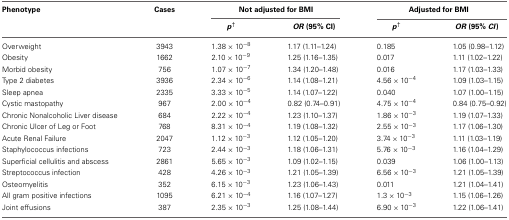
<table><thead><tr><td><b>Phenotype</b></td><td><b>Cases</b></td><td colspan="2"><b>Not adjusted for BMI</b></td><td colspan="2"><b>Adjusted for BMI</b></td></tr><tr><td></td><td></td><td><b><i>p</i><sup>†</sup></b></td><td><b><i>OR</i> (95% CI)</b></td><td><b><i>p</i><sup>†</sup></b></td><td><b><i>OR</i> (95% <i>CI</i>)</b></td></tr></thead><tbody><tr><td>Overweight</td><td>3943</td><td>1.38 × 10<sup>−8</sup></td><td>1.17 (1.11–1.24)</td><td>0.185</td><td>1.05 (0.98–1.12)</td></tr><tr><td>Obesity</td><td>1662</td><td>2.10 × 10<sup>−9</sup></td><td>1.25 (1.16–1.35)</td><td>0.017</td><td>1.11 (1.02–1.22)</td></tr><tr><td>Morbid obesity</td><td>756</td><td>1.07 × 10<sup>−7</sup></td><td>1.34 (1.20–1.48)</td><td>0.016</td><td>1.17 (1.03–1.33)</td></tr><tr><td>Type 2 diabetes</td><td>3936</td><td>2.34 × 10<sup>−6</sup></td><td>1.14 (1.08–1.21)</td><td>4.56 × 10<sup>−4</sup></td><td>1.09 (1.03–1.15)</td></tr><tr><td>Sleep apnea</td><td>2335</td><td>3.33 × 10<sup>−5</sup></td><td>1.14 (1.07–1.22)</td><td>0.040</td><td>1.07 (1.00–1.15)</td></tr><tr><td>Cystic mastopathy</td><td>967</td><td>2.00 × 10<sup>−4</sup></td><td>0.82 (0.74–0.91)</td><td>4.75 × 10<sup>−4</sup></td><td>0.84 (0.75–0.92)</td></tr><tr><td>Chronic Nonalcoholic Liver disease</td><td>684</td><td>2.22 × 10<sup>−4</sup></td><td>1.23 (1.10–1.37)</td><td>1.86 × 10<sup>−3</sup></td><td>1.19 (1.07–1.33)</td></tr><tr><td>Chronic Ulcer of Leg or Foot</td><td>768</td><td>8.31 × 10<sup>−4</sup></td><td>1.19 (1.08–1.32)</td><td>2.55 × 10<sup>−3</sup></td><td>1.17 (1.06–1.30)</td></tr><tr><td>Acute Renal Failure</td><td>2047</td><td>1.12 × 10<sup>−3</sup></td><td>1.12 (1.05–1.20)</td><td>3.74 × 10<sup>−3</sup></td><td>1.11 (1.03–1.19)</td></tr><tr><td>Staphylococcus infections</td><td>723</td><td>2.44 × 10<sup>−3</sup></td><td>1.18 (1.06–1.31)</td><td>5.76 × 10<sup>−3</sup></td><td>1.16 (1.04–1.29)</td></tr><tr><td>Superficial cellulitis and abscess</td><td>2861</td><td>5.65 × 10<sup>−3</sup></td><td>1.09 (1.02–1.15)</td><td>0.039</td><td>1.06 (1.00–1.13)</td></tr><tr><td>Streptococcus infection</td><td>428</td><td>4.26 × 10<sup>−3</sup></td><td>1.21 (1.05–1.39)</td><td>6.56 × 10<sup>−3</sup></td><td>1.21 (1.05–1.39)</td></tr><tr><td>Osteomyelitis</td><td>352</td><td>6.15 × 10<sup>−3</sup></td><td>1.23 (1.06–1.43)</td><td>0.011</td><td>1.21 (1.04–1.41)</td></tr><tr><td>All gram positive infections</td><td>1095</td><td>6.21 × 10<sup>−4</sup></td><td>1.16 (1.07–1.27)</td><td>1.3 × 10<sup>−3</sup></td><td>1.15 (1.06–1.26)</td></tr><tr><td>Joint effusions</td><td>387</td><td>2.35 × 10<sup>−3</sup></td><td>1.25 (1.08–1.44)</td><td>6.90 × 10<sup>−3</sup></td><td>1.22 (1.06–1.41)</td></tr></tbody></table>